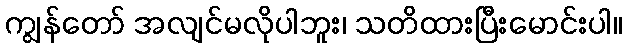
ကျွန်တော် အလျင်မလိုပါဘူး၊ သတိထားပြီးမောင်းပါ။